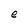
Character: e